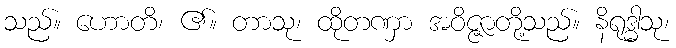
သည်။ ဟောတိ၊ ၏။ တာသု၊ ထိုတဏှာ အဝိဇ္ဇာတို့သည်။ နိရုဒ္ဓါသု၊